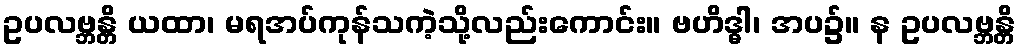
ဥပလဗ္ဘန္တိ ယထာ၊ မရအပ်ကုန်သကဲ့သို့လည်းကောင်း။ ဗဟိဒ္ဓါ၊ အပ၌။ န ဥပလဗ္ဘန္တိ